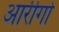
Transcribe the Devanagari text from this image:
आर्रीगो